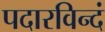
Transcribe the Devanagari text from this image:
पदारविन्दं